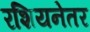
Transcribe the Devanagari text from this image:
रशियनेतर